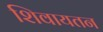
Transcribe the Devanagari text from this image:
शिवायतन